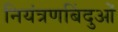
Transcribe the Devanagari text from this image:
नियंत्रणबिंदुओं